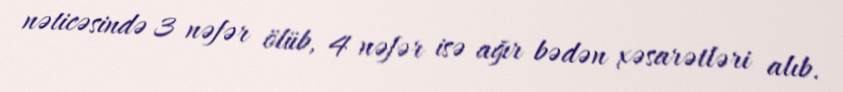
nəticəsində 3 nəfər ölüb, 4 nəfər isə ağır bədən xəsarətləri alıb.